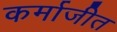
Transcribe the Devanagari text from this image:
कर्माजीत